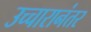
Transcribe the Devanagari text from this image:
उच्चारानंतर